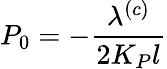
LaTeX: P_{0}=-\frac{\lambda^{(c)}}{2K_{P}l}